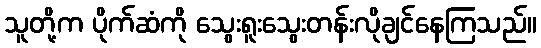
သူတို့က ပိုက်ဆံကို သွေးရူးသွေးတန်းလိုချင်နေကြသည်။